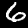
Digit: 6